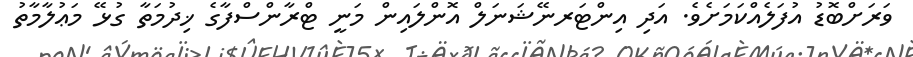
ވަރަށްބޮޑު އުފަލެއްކަމަށެވެ. އަދި އިންޓަރނޭޝަނަލް އޮންލައިން މަނީ ޓްރާންސްފާގެ ޚިދުމަތާ ގުޅޭ މަޢުލާމާތު